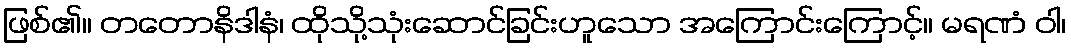
ဖြစ်၏။ တတောနိဒါနံ၊ ထိုသို့သုံးဆောင်ခြင်းဟူသော အကြောင်းကြောင့်။ မရဏံ ဝါ၊